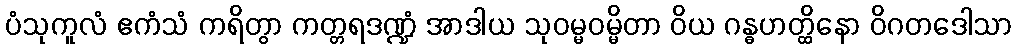
ပံသုကူလံ ဧကံသံ ကရိတွာ ကတ္တရဒဏ္ဍံ အာဒါယ သုဝမ္မဝမ္မိတာ ဝိယ ဂန္ဓဟတ္ထိနော ဝိဂတဒေါသာ